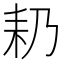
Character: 𮋣